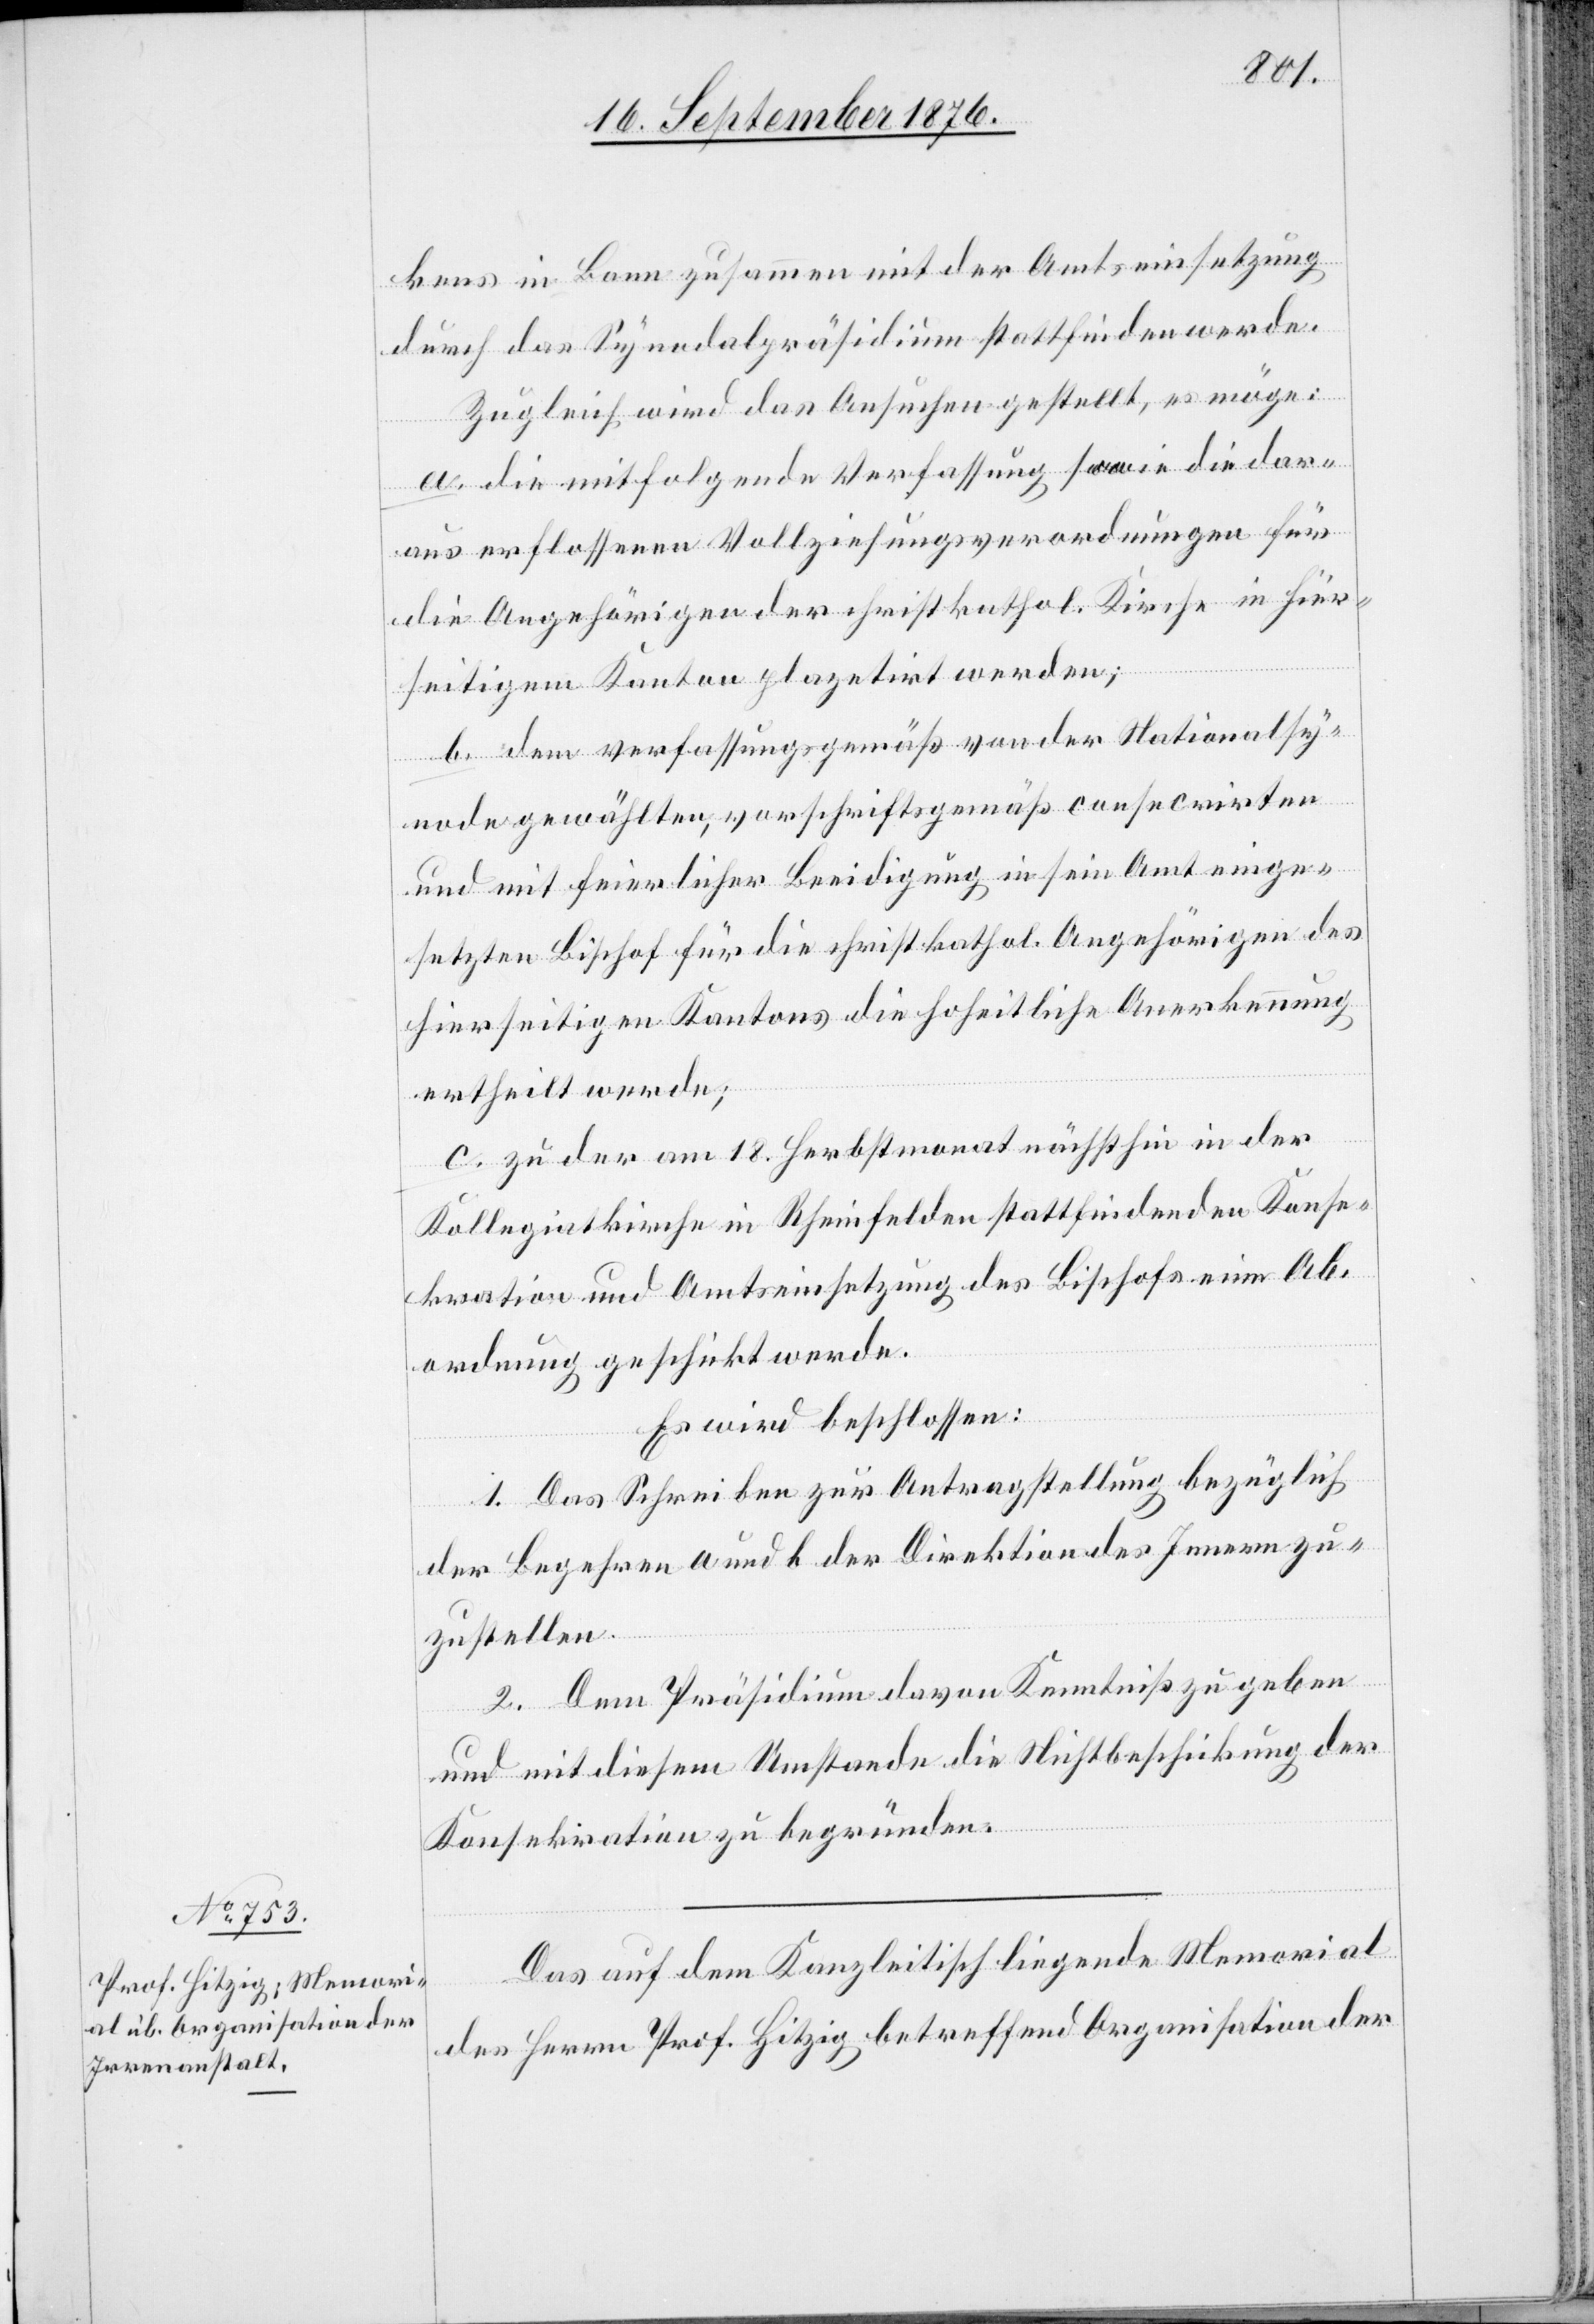
kens in Bonn zusammen mit der Amtseinsetzung
durch das Synodalpräsidium stattfinden werde.
Zugleich wird das Ansuchen gestellt, es möge:
a. die mitfolgende Verfassung sowie die dar¬
aus erflossenen Vollziehungsanordnungen für
die Angehörigen der christkathol. Kirche in hier¬
seitigem Kanton plazetirt werden;
b. dem verfassungsgemäß von der Nationalsy¬
node gewählten, vorschriftsgemäß consecrirten
und mit feierlicher Beeidigung in sein Amt einge¬
setzten Bischof für die christkathol. Angehörigen des
hierseitigen Kantons die hoheitliche Anerkennung
ertheilt werde[n];
c. zu der am 18. Herbstmonat nächsthin in der
Kollegiatkirche in Rheinfelden stattfindenden Konse¬
kration und Amtseinsetzung des Bischofs eine Ab¬
ordnung geschickt werde[n].
Es wird beschlossen:
1. Das Schreiben zur Antragstellung bezüglich
der Begehren a und b [ist] der Direktion des Innern zu¬
zustellen.
2. Dem Präsidium davon Kenntniß zu geben
und mit diesem Umstande die Nichtbeschickung der
Konsekration zu begründen.
Das auf dem Kanzleitisch liegende Memorial
des Herrn Prof. Hitzig betreffend Organisation der